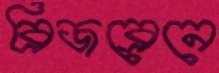
ব্রিজব্রেনে